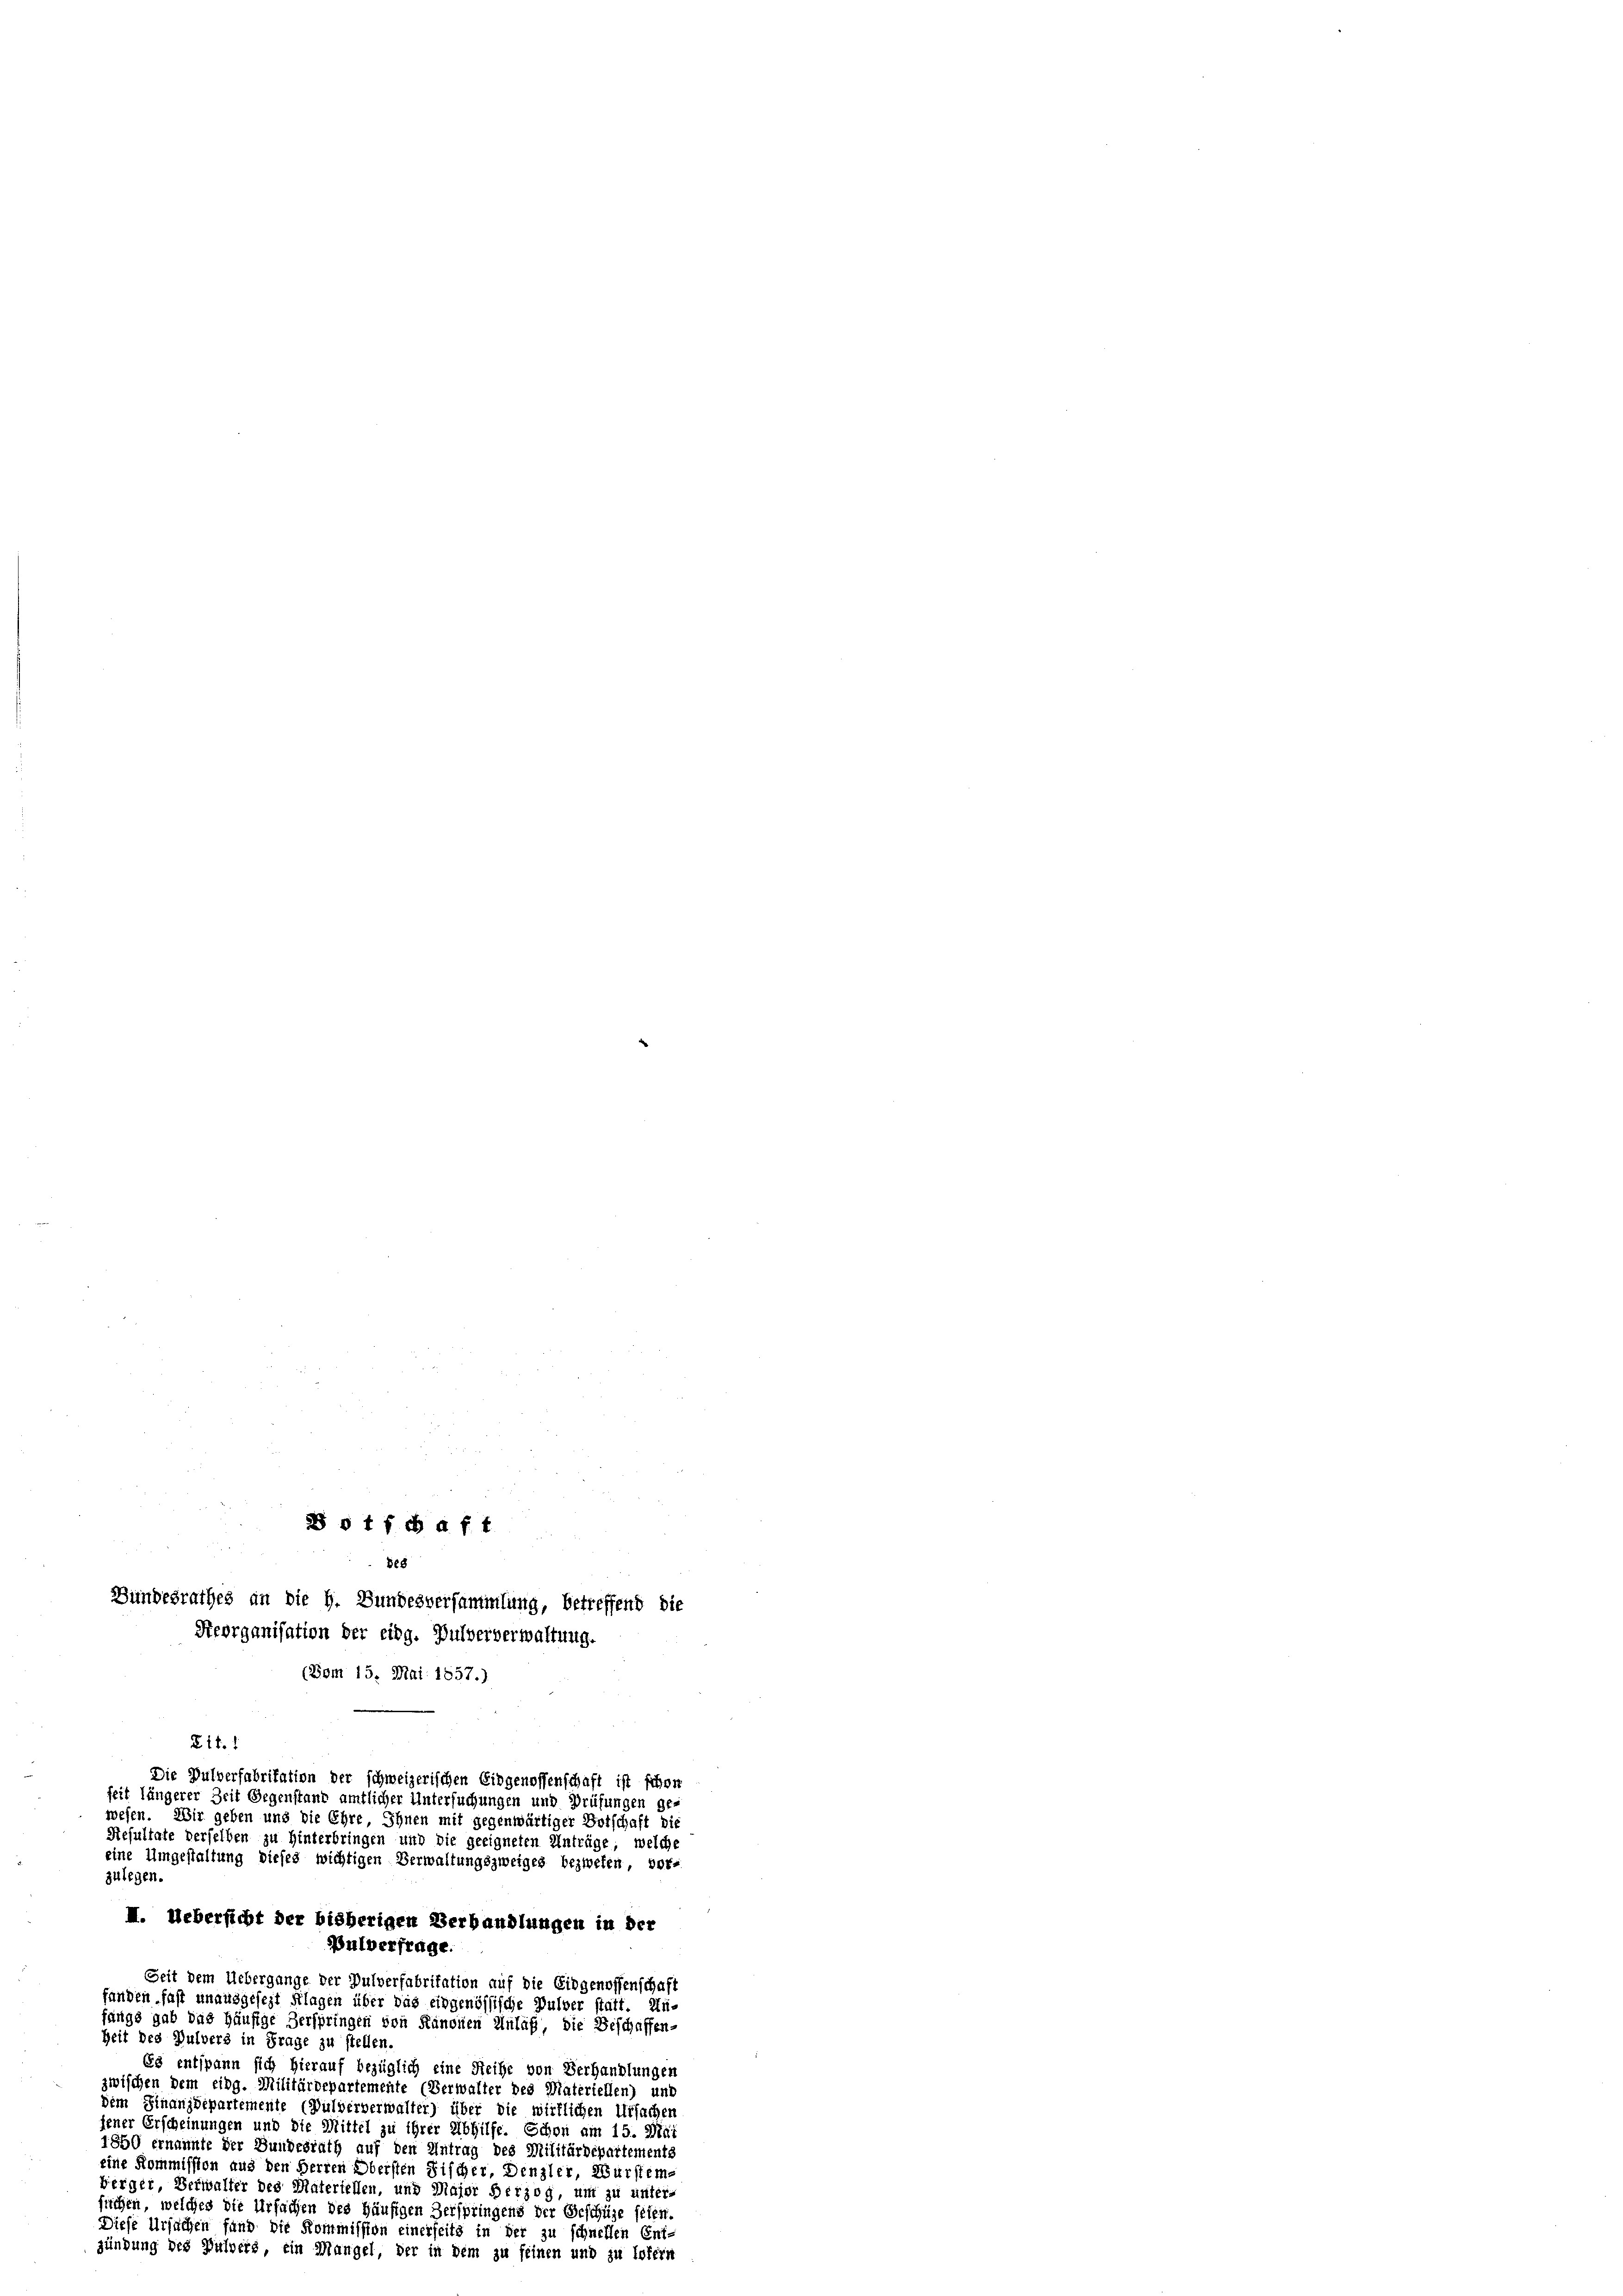
o t fchaft
Be8
Bundesrathes an die H. Bundesversammlung, betreffend die
Heorganisation der eidg. Pulververwaltung.
(Vom 15. Mai 1857.)
Zif. 1
Die Pulverfabritation der schweizerischen Eidgenossenschaft ist schon
seit längerer Zeit Gegenstand amtlicher Untersuchungen und Prüfungen ge-
wesen. Wir geben und die Ehre Ihnen mit gegenwärtiger Botschaft die
Resultate derselben zu Hinterbringen und die geeigneten Anträge, welche
eine Umgestaltung dieses wichtigen Verwaltungszweiges bezwefen, vor-
zulegen.
II. Uebersteht der bisherigen Verhandlungen in der
Pulverfrage.
Seit dem Uebergange der Pulverfabritation auf die Eidgenossenschaft
fanden fast unausgesezt Klagen über das eidgenössische Pulver statt. Un-
fangs gab das Häufige Zerspringen von Kanonen Anlaß, die Beschaffen-

Zeit des Pulvers in Frage zu stellen.
Es entspann sich hierauf bezüglich eine Reihe von Verhandlungen
zwischen dem eidg. Militärdepartemente (Verwalter des Materiellen) und
dem Finanzdepartemente (Pulververwalter) über die wirklichen Ursachen
jener Erscheinungen und die Mittel zu ihrer Abhilfe. Schon am 15. Ma
1850 ernannte der Bundesrath auf den Antrag des Militärdepartements
eine Kommission aus den Herren Obersten Fischer, Denzler, Wurstem¬
Werger, Verwalter des Materiellen, und Major Herzog, um zu unter-
suchen, welches die Urfachen des Häufigen Zerspringens der Beschüze feien.
Diese Ursachen fand die Kommission einerseits in der zu schnellen Ent-
gündung des Pulvers, ein Mangel, der in dem zu seinen und zu sofern